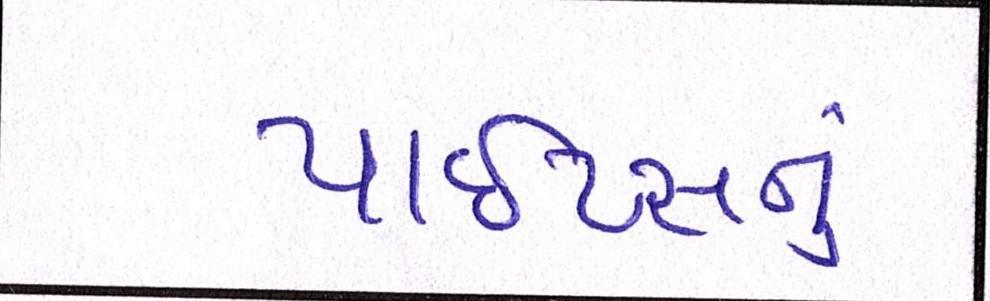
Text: પાઇપ્સનું